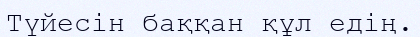
Түйесін баққан құл едің.